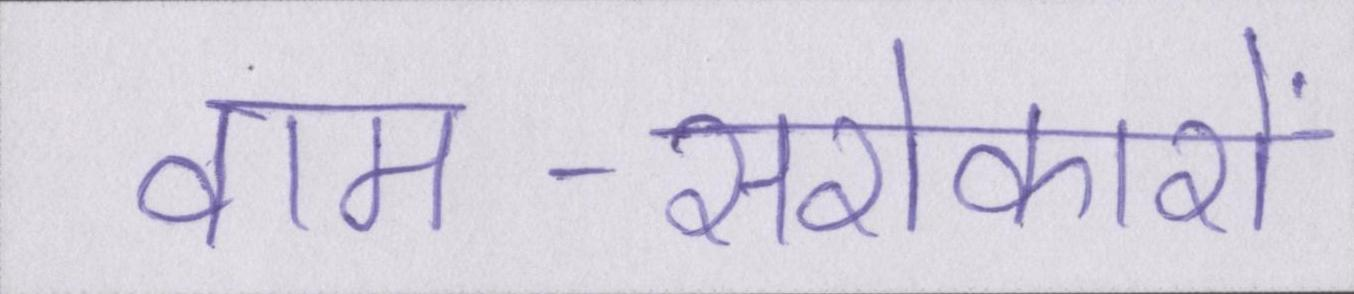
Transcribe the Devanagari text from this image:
वाम-सरोकारों